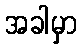
အခါမှာ